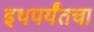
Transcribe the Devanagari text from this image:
इथपर्यंतचा